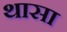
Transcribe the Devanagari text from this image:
थासा